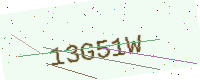
Text: 13G51W